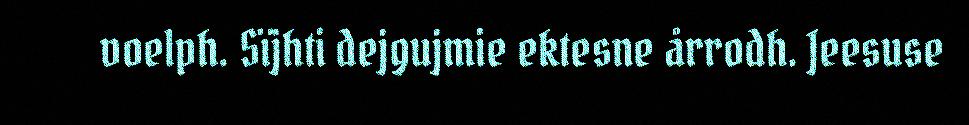
voelph. Sïjhti dejgujmie ektesne årrodh. Jeesuse